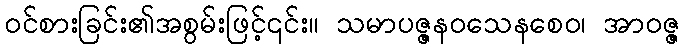
ဝင်စားခြင်း၏အစွမ်းဖြင့်၎င်း။ သမာပဇ္ဇနဝသေနစေဝ၊ အာဝဇ္ဇ